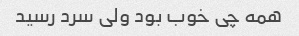
همه چی خوب بود ولی سرد رسید